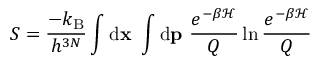
S = \frac { - \ensuremath { k _ { \mathrm { B } } } } { h ^ { 3 N } } \int \ensuremath { \mathrm { d } } \ensuremath { \mathbf { x } } \ \int \ensuremath { \mathrm { d } } \ensuremath { \mathbf { p } } \ \frac { e ^ { - \beta \mathcal { H } } } { Q } \ln \frac { e ^ { - \beta \mathcal { H } } } { Q }